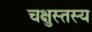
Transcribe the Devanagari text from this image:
चक्षुस्तस्य